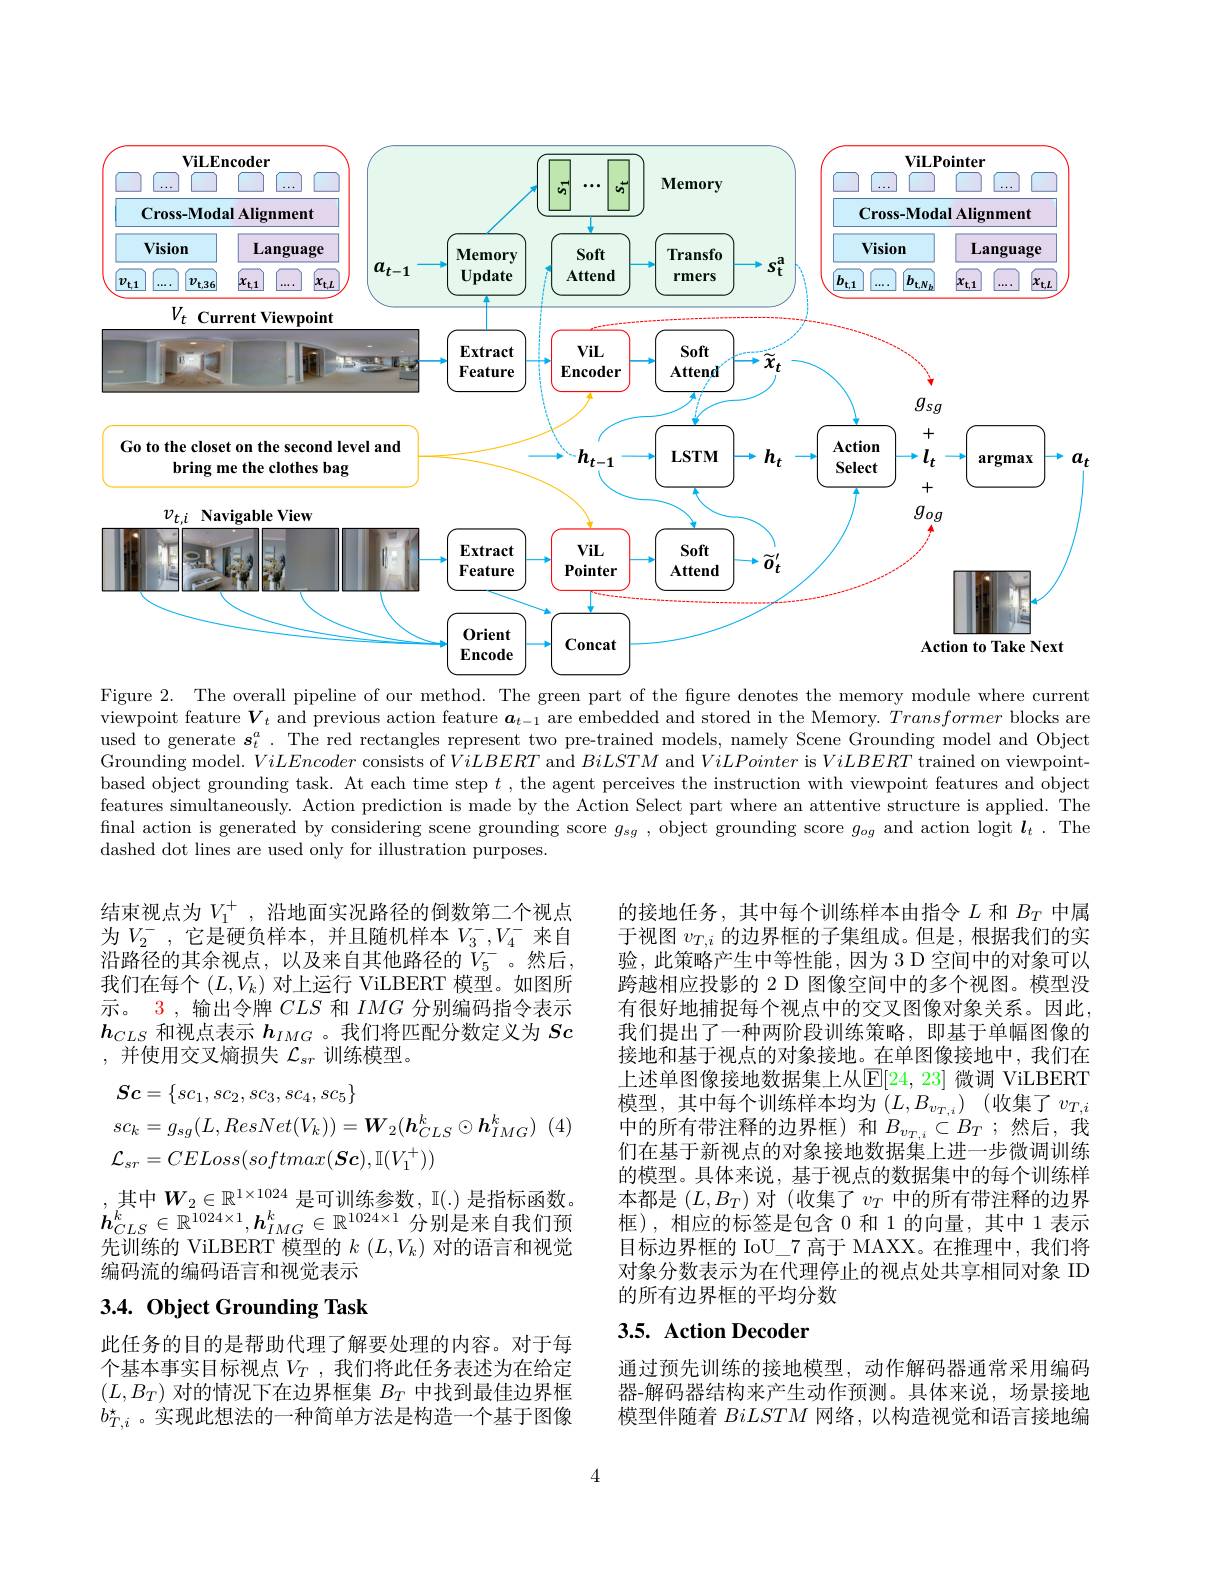
<FigureHere>
Figure 2. The overall pipeline of our method. The green part of the figure denotes the memory module where current

viewpoint feature $V_t$ and previous action feature $\boldsymbol a_t-1$ are embedded and stored in the Memory. Transformer blocks are used to generate $\boldsymbol{s}_t^a.$ The red rectangles represent two pre-trained models, namely Scene Grounding model and Object Grounding model. ViLEncoder consists of ViLBERT and BiLSTM and ViLPointer is ViLBERT trained on viewpointbased object grounding task. At each time step $t$ ,the agent perceives the instruction with viewpoint features and object features simultaneously. Action prediction is made by the Action Select part where an attentive structure is applied. The final action is generated by considering scene grounding score $g_{sg}$, object grounding score $g_og$ and action logit $\boldsymbol l_t.$ The dashed dot lines are used only for illustration purposes.

结束视点为$V_1^+$,沿地面实况路径的倒数第二个视点为$V_2^-$,它是硬负样本，并且随机样本$V_3^-,V_4^-$来自$\bar{\text{沿路径的其余视点，以及来自其他路径的}V_{5}^{-}}$。然后， 我们在每个$(L,V_k)$对上运行 ViLBERT 模型。如图所示。3 , 输出令牌$CLS$和$IMG$分别编码指令表示$\boldsymbol{h}_{CLS}$和视点表示$\boldsymbol{h}_{IMG}$ 。我们将匹配分数定义为$Sc$ ,并使用交叉熵损失$\mathcal{L}_sr$训练模型。

的接地任务，其中每个训练样本由指令$L$和$B_T$中属于视图$v_{T,i}$的边界框的子集组成。但是 ,根据我们的实验，此策略产生中等性能，因为 3 D 空间中的对象可以跨越相应投影的 2 D 图像空间中的多个视图。模型没有很好地捕捉每个视点中的交叉图像对象关系。因此， 我们提出了一种两阶段训练策略，即基于单幅图像的接地和基于视点的对象接地。在单图像接地中，我们在上述单图像接地数据集上从$\mathbb{E}[24,23]$ 微调 ViLBERT 模型，其中每个训练样本均为$(L,B_{v_{T,i}})$(收集了$v_T,i$ 中的所有带注释的边界框)和$B_v_{T,i}\subset B_T$ ;然后，我们在基于新视点的对象接地数据集上进一步微调训练的模型。具体来说，基于视点的数据集中的每个训练样本都是$(L,B_T)$对 (收集了$v_T$中的所有带注释的边界框),相应的标签是包含 0 和 1 的向量，其中 1 表示目标边界框的 IoU\_7 高于 MAXX。在推理中，我们将对象分数表示为在代理停止的视点处共享相同对象 ID 的所有边界框的平均分数
$$\begin{aligned}&\boldsymbol{Sc}=\{sc_{1},sc_{2},sc_{3},sc_{4},sc_{5}\}\\&sc_{k}=g_{sg}(L,ResNet(V_{k}))=\boldsymbol{W}_{2}(\boldsymbol{h}_{CLS}^{k}\odot\boldsymbol{h}_{IMG}^{k})\\&\mathcal{L}_{sr}=CELoss(softmax(\boldsymbol{S}\boldsymbol{c}),\mathbb{I}(V_{1}^{+}))\end{aligned}$$
$\begin{array}{l},\text{其中}W_{2}\in\mathbb{R}^{1\times1024}\text{ 是可训练参数，I(.) 是指标函数。}\\h_{CLS}^{k}\in\mathbb{R}^{1024\times1},h_{IMG}^{k}\in\mathbb{R}^{1024\times1}\text{分别是来自我们预}\end{array}$ 先训练的 ViLBERT 模型的$k$ $(L,V_k)$对的语言和视觉编码流的编码语言和视觉表示

# 3.4. Object Grounding Task

# 3.5. Action Decoder

此任务的目的是帮助代理了解要处理的内容。对于每个基本事实目标视点$V_T$,我们将此任务表述为在给定$(L,B_T)$对的情况下在边界框集$B_T$中找到最佳边界框$b_{T,i}^*$。实现此想法的一种简单方法是构造一个基于图像

通过预先训练的接地模型，动作解码器通常采用编码器-解码器结构来产生动作预测。具体来说，场景接地模型伴随着BiLSTM网络，以构造视觉和语言接地编

4